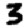
Digit: 3